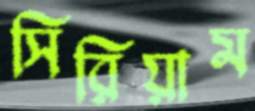
সিরিয়াম